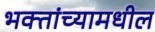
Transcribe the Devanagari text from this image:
भक्तांच्यामधील